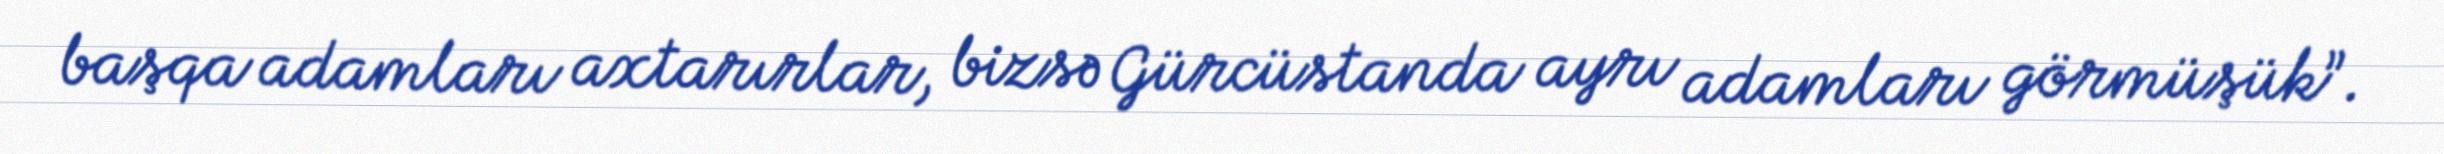
başqa adamları axtarırlar, bizsə Gürcüstanda ayrı adamları görmüşük”.